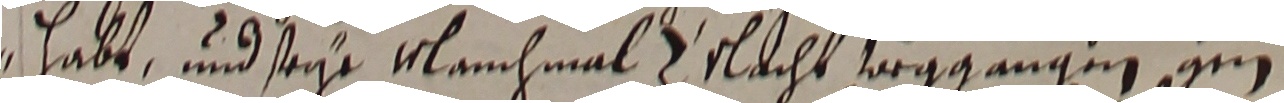
habt und seye mlanchmal 3 nlacht veggangen am